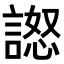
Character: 𧪅